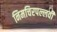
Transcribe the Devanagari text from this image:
निमचिरपल्लवी